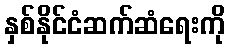
နှစ်နိုင်ငံဆက်ဆံရေးကို